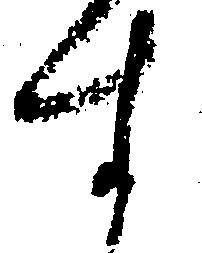
す